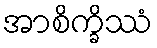
အာစိက္ခိဿံ